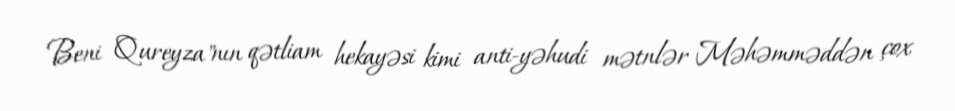
Beni Qureyza"nın qətliam hekayəsi kimi anti-yəhudi mətnlər Məhəmməddən çox